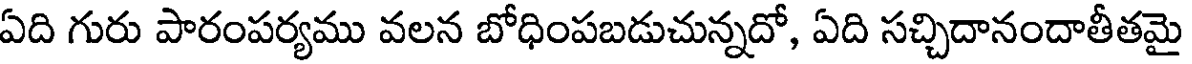
ఏది గురు పారంపర్యము వలన బోధింపబడుచున్నదో, ఏది సచ్చిదానందాతీతమై